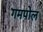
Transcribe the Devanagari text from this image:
गमपोल